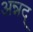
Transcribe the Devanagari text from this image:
अन्नद्